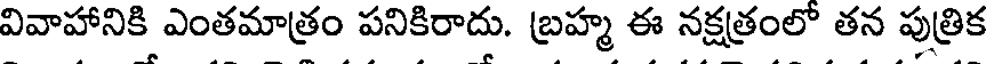
వివాహానికి ఎంతమాత్రం పనికిరాదు. బ్రహ్మ ఈ నక్షత్రంలో తన పుత్రిక